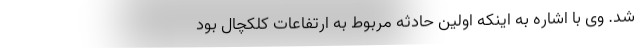
شد. وی با اشاره به اینکه اولین حادثه مربوط به ارتفاعات کلکچال بود